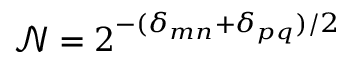
\mathcal { N } = 2 ^ { - ( \delta _ { m n } + \delta _ { p q } ) / 2 }